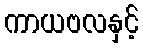
ကာယဗလနှင့်